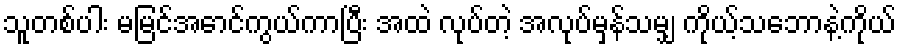
သူတစ်ပါး မမြင်အောင်ကွယ်ကာပြီး အထဲ လုပ်တဲ့ အလုပ်မှန်သမျှ ကိုယ့်သဘောနဲ့ကိုယ်